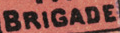
BRIGADE